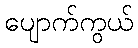
ပျောက်ကွယ်